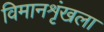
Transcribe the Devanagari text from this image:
विमानशृंखला